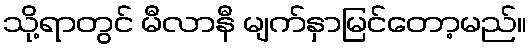
သို့ရာတွင် မီလာနီ မျက်နှာမြင်တော့မည်။